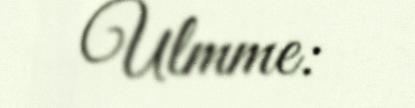
Ulmme: